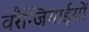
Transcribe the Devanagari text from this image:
वरैन्जियाईयों